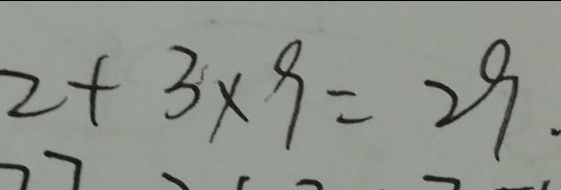
2 + 3 \times 9 = 2 9 .